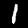
Digit: 1